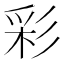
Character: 彩